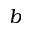
b